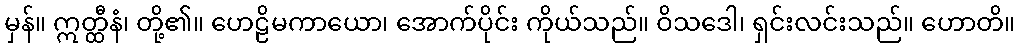
မှန်။ ဣတ္ထီနံ၊ တို့၏။ ဟေဠိမကာယော၊ အောက်ပိုင်း ကိုယ်သည်။ ဝိသဒေါ၊ ရှင်းလင်းသည်။ ဟောတိ။